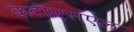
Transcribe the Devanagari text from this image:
केटीएसएल